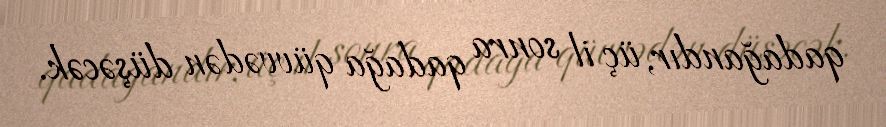
qadağandır, üç il sonra qadağa qüvvədən düşəcək.